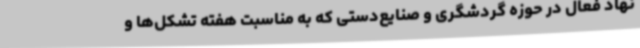
نهاد فعال در حوزه گردشگری و صنایع‌دستی که به مناسبت هفته تشکل‌ها و